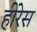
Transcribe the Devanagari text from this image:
हीरेस